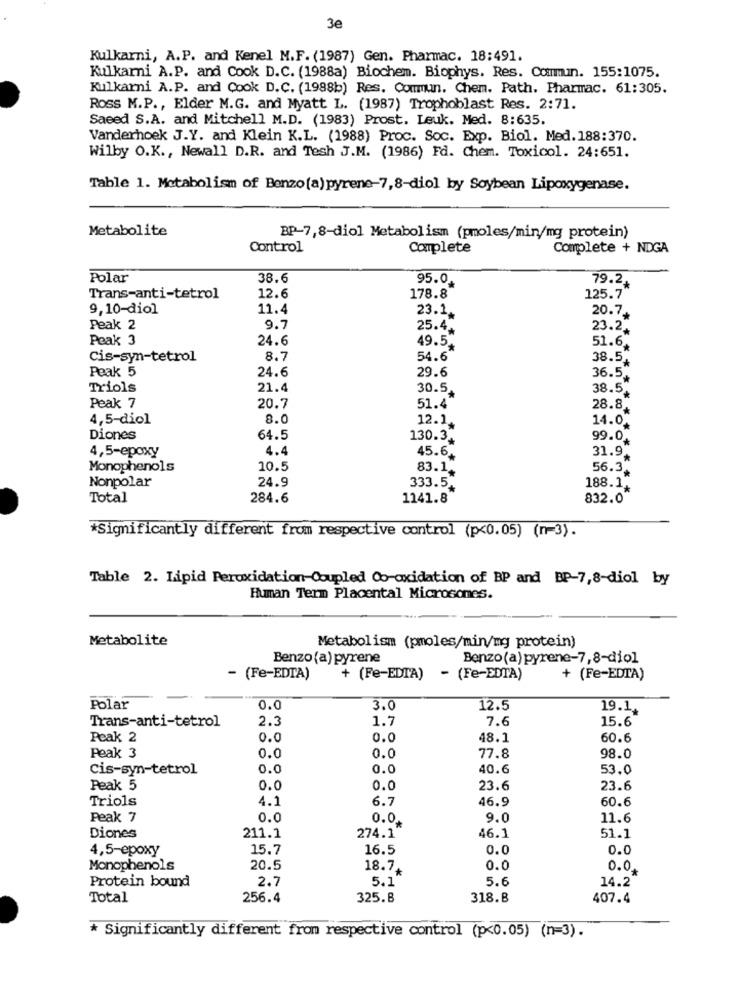
3e
Kulkarni, A.P. and Kenel M.F. (1987) Gen. Pharmac. 18:491.
Kulkarni A.P. and Cook D.C. (1988a) Biochem. Biophys. Res. Commun. 155:1075.
Kulkarni A.P. and Cook D.C. (1988b) Res. Commun. Chem. Path. Pharmac. 61:305.
Ross M.P ., Elder M.G. and Myatt L. (1987) Trophoblast Res. 2:71.
Saeed S.A. and Mitchell M.D. (1983) Prost. Leuk. Med. 8:635.
Vanderhoek J.Y. and Klein K.L. (1988) Proc. Soc. Exp. Biol. Med. 188:370.
Wilby O.K ., Newall D.R. and Tesh J.M. (1986) Fd. Chem. Toxicol. 24:651.
Table 1. Metabolism of Benzo(a) pyrene-7,8-diol by Soybean Lipoxygenase.
Metabolite
BP-7,8-diol Metabolism (pmoles/min/mg protein)
Control
Complete
Complete + NDGA
Polar
38.6
95.0+
79.2.
Trans-anti-tetrol
12.6
178.8
125.7
9,10-diol
11.4
23.1.
20.7+
Peak 2
9.7
25.4.
23.2+
Peak 3
24.6
49.5.
51.6+
Cis-syn-tetrol
8.7
54.6
38.5+
Peak 5
24.6
29.6
36.5+
Triols
21.4
30.5.
38.5+
Peak 7
20.7
51.4
28.8+
4,5-diol
8.0
12.1
14.0.
Diones
64.5
130.3.
99.0+
4,5-epoxy
4.4
45.6.
31.9.
Monophenols
10.5
83.1+
56.3+
Nonpolar
24.9
333.5+
188.1+
Total
284.6
1141.8
832.0
*Significantly different from respective control (p<0.05) (n=3).
Table 2. Lipid Peroxidation-Coupled Co-oxidation of BP and BP-7,8-diol by
Human Term Placental Microsomes.
Metabolite
Metabolism (pmoles/min/mg protein)
Benzo(a) pyrene
Benzo(a) pyrene-7,8-diol
- (Fe-EDTA)
+ (Fe-EDT'A)
- (Fe-EDTA)
+ (Fe-EDTA)
Polar
0.0
3.0
12.5
19.1.
Trans-anti-tetrol
2.3
1.7
7.6
15.6
Peak 2
0.0
0.0
48.1
60.6
Peak 3
0.0
0.0
77.8
98.0
Cis-syn-tetrol
O.C
0.0
40.6
53.0
Peak 5
0.0
0.0
23.6
23.6
Triols
4.1
6.7
46.9
60.6
Peak 7
O.C
0.0.
9.0
11.6
Diones
211.1
274.1
46.1
51.1
4,5-epoxy
15.7
16.5
0.0
0.0
Monophenols
20.5
18.74
0.0
0.0
Protein bound
2.7
5.1
5.6
14.2
Total
256.4
325.8
318.8
407.4
* Significantly different from respective control (p<0.05) (n=3) .